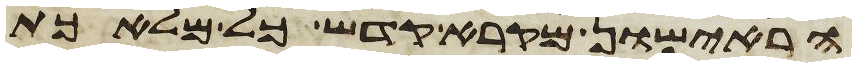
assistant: הראישון מקרא קדש כל מלאכת